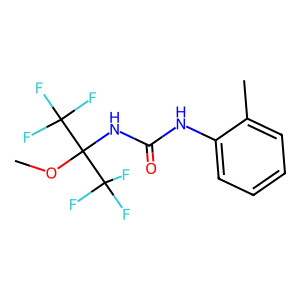
SMILES: COC(NC(=O)Nc1ccccc1C)(C(F)(F)F)C(F)(F)F
Inhibits HIV replication: No